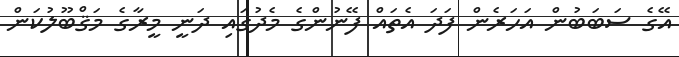
އޭގެ ސަބަބުން އަހަރެން ފަދަ އެތައް ފޭނުންގެ މެދުގައި ދަނީ މީރާގެ މަޤްބޫލުކަން